Annual report of the Punjab Veterinary College and of the Civil Veterinary Department, Punjab - 1926-1932
Year: 1926
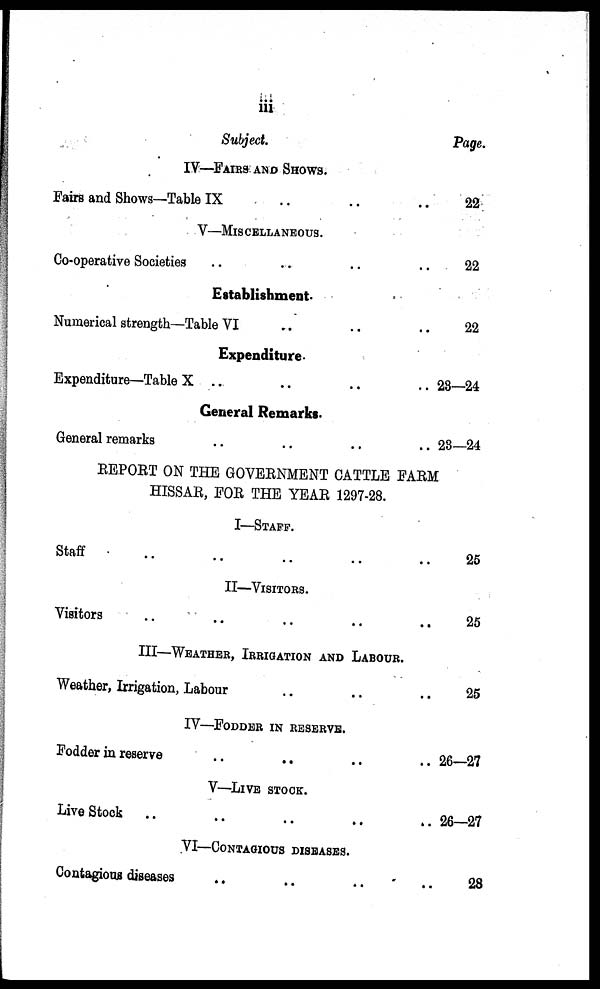
iii
Subject.
IV—FAIRS AND SHOWS.
Fairs and Shows—Table IX .. .. ..
V—MISCELLANEOUS.
Co-operative Societies .. .. .. ..
Establishment.
Numerical strength—Table VI .. .. .. ..
Expenditure.
Expenditure—Table X .. .. .. ..
General Remarks.
General remarks .. .. .. ..
Page.
22
22
22
23—24
23—24
REPORT ON THE GOVERNMENT CATTLE FARM
HISSAR, FOR THE YEAR 1297-28.
I—STAFF.
Staff .. .. .. .. ..
II—VISITORS.
Visitors
..
..
..
..
..
..
III—WEATHER, IRRIGATION AND LABOUR.
Weather, Irrigation, Labour .. .. ..
IV—FODDER IN RESERVE.
Fodder in reserve
.. .. .. .. ..
V—LIVE STOCK.
Live Stock .. .. .. .. ..
VI—CONTAGIOUS DISEASES.
Contagious diseases
.. .. .. .. ..
25
25
25
26—27
26—27
28